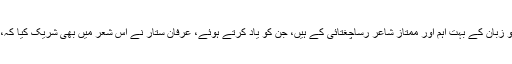
یہ اشعار عصرِ حاضر میں اردو زبان کے بہت اہم اور ممتاز شاعر رساؔچغتائی کے ہیں، جن کو یاد کرتے ہوئے، عرفان ؔستار نے اس شعر میں بھی شریک کیا کہ، ’’اب خدائے سخن تو کیا کوئی۔